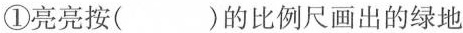
①亮亮按（ ）的比例尺画出的绿地